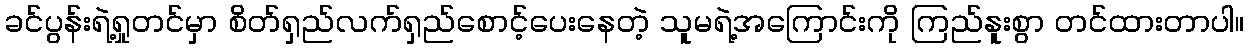
ခင်ပွန်းရဲ့ရှုတင်မှာ စိတ်ရှည်လက်ရှည်စောင့်ပေးနေတဲ့ သူမရဲ့အကြောင်းကို ကြည်နူးစွာ တင်ထားတာပါ။